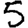
Digit: 5